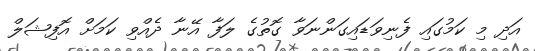
އަދި މި ކަމުގައި ފެނިވަޑައިގަންނަވާ ގޮތުގެ ލަފާ އޭނާ ދެއްވި ކަމަށް އޮފިޝަލް